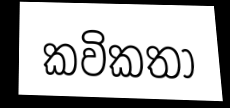
කවිකතා